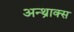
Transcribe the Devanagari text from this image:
अन्थ्राक्स